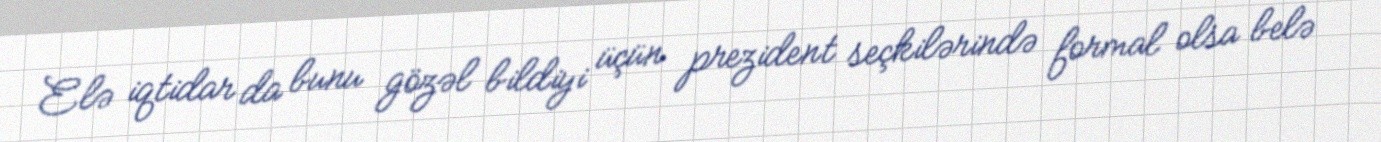
Elə iqtidar da bunu gözəl bildiyi üçün prezident seçkilərində formal olsa belə